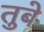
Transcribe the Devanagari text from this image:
तुबे